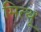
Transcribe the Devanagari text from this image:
मित्थू